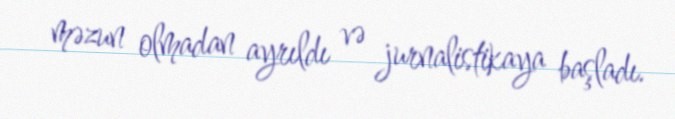
məzun olmadan ayrıldı və jurnalistikaya başladı.